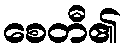
စေတီ၏